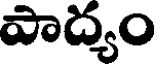
పాద్యం